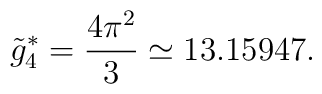
\tilde g_4^*=\frac{4\pi^2}{3}\simeq 13.15947.